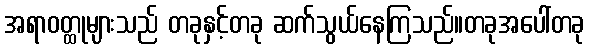
အရာဝတ္ထုများသည် တခုနှင့်တခု ဆက်သွယ်နေကြသည်။တခုအပေါ်တခု